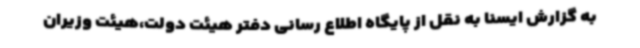
به گزارش ایسنا به نقل از پایگاه اطلاع رسانی دفتر هیئت دولت،هیئت وزیران